Report of the Imperial Institute of Veterinary Research, Muktesar
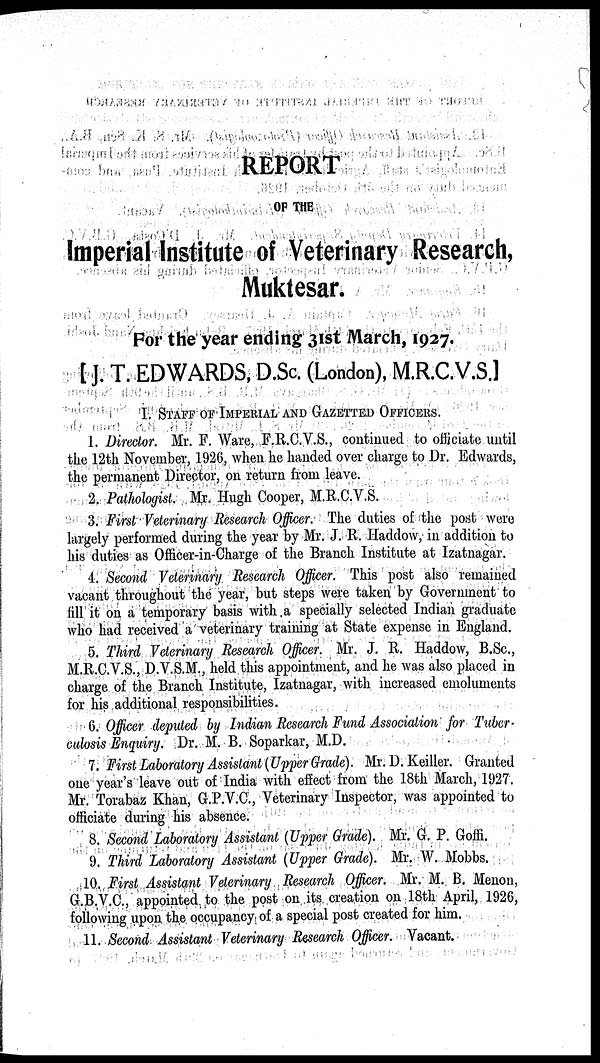
REPORT
OF THE
Imperial Institute of Veterinary Research,
Muktesar.
For the year ending 31st March, 1927.
[ J. T. EDWARDS, D.Sc. (London), M.R.C.V.S.]
I. STAFF OF IMPERIAL AND GAZETTED OFFICERS.
1. Director. Mr. F. Ware, F.R.C.V.S., continued to officiate until
the 12th November, 1926, when he handed over charge to Dr. Edwards,
the permanent Director, on return from leave.
2. Pathologist. Mr. Hugh Cooper, M.R.C.V.S.
3. First Veterinary Research Officer. The duties of the post were
largely performed during the year by Mr. J. R. Haddow, in addition to
his duties as Officer-in-Charge of the Branch Institute at Izatnagar.
4. Second Veterinary. Research Officer. This post also remained
vacant throughout the year, but steps were taken by Government to
fill it on a temporary basis with a specially selected Indian graduate
who had received a veterinary training at State expense in England.
5. Third Veterinary Research Officer. Mr. J. R. Haddow, B.Sc.,
M.R.C.V.S., D.V.S.M., held this appointment, and he was also placed in
charge of the Branch Institute, Izatnagar, with increased emoluments
for his additional responsibilities.
6. Officer deputed by Indian Research Fund Association for Tuber-
culosis Enquiry. Dr. M. B. Soparkar, M.D.
7. First Laboratory Assistant (Upper Grade). Mr. D. Keiller. Granted
one year's leave out of India with effect from the 18th March, 1927.
Mr. Torabaz Khan, G.P.V.C., Veterinary Inspector, was appointed to
officiate during his absence.
8. Second Laboratory Assistant (Upper Grade). Mr. G. P. Goffi.
9. Third Laboratory Assistant (Upper Grade). Mr. W. Mobbs.
10. First Assistant Veterinary Research Officer. Mr. M. B. Menon,
G.B.V.C., appointed to the post on its creation on 18th April, 1926,
following upon the occupancy of a special post created for him.
11. Second Assistant Veterinary Research Officer. Vacant.